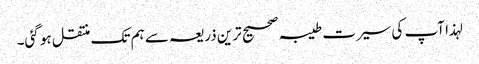
لہذا آپ کی سیرت طیبہ صحیح ترین ذریعہ سے ہم تک منتقل ہو گئی۔